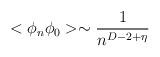
LaTeX: \begin{align*}<\phi_{n}\phi_{0}>\sim \frac{1}{n^{D-2+\eta}}\end{align*}